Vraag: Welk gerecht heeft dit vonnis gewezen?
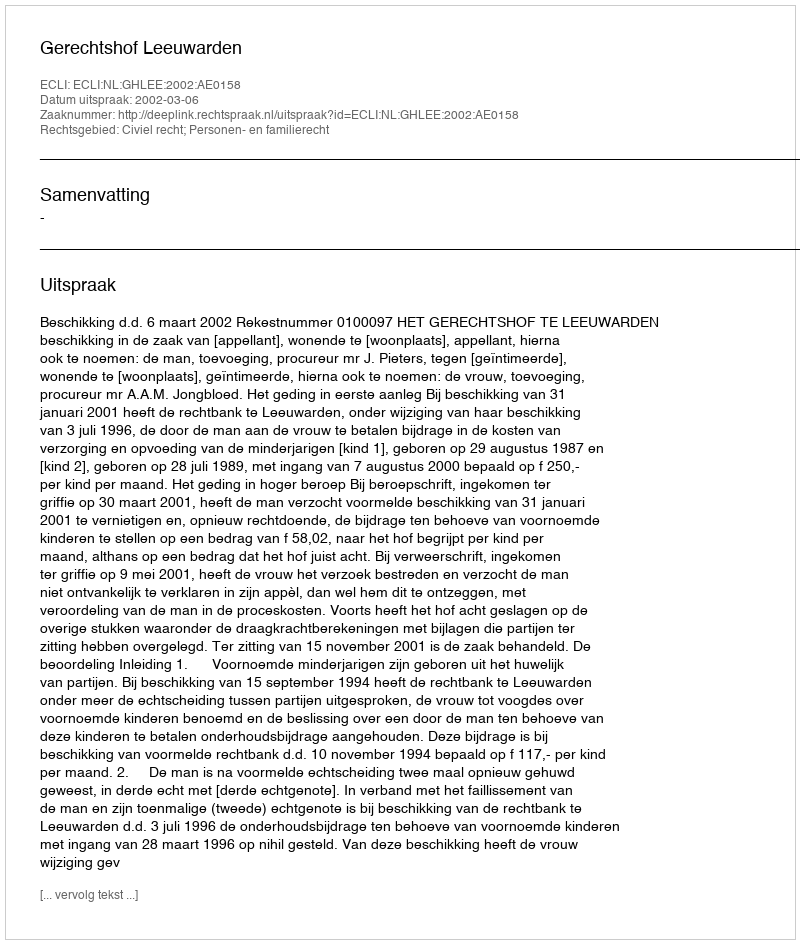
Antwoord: Gerechtshof Leeuwarden